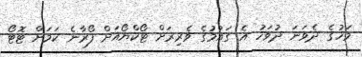
މަހުގެ ދެވަނަ ދުވަހު އެ ގައުމުގެ ވެރިރަށް ޓޯކްޔޯއަށް ފޯރާނެ ކަމަށް ޓޮޓޯ